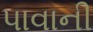
પાવાની